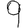
Digit: 9